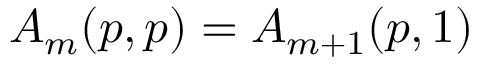
A _ { m } ( p , p ) = A _ { m + 1 } ( p , 1 )